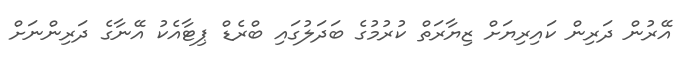
އޭރުން ދަރިން ކައިރިޔަށް ޒިޔާރަތް ކުރުމުގެ ބަދަލުގައި ބްރެޑް ޕިޓާއެކު އޭނާގެ ދަރިންނަށް